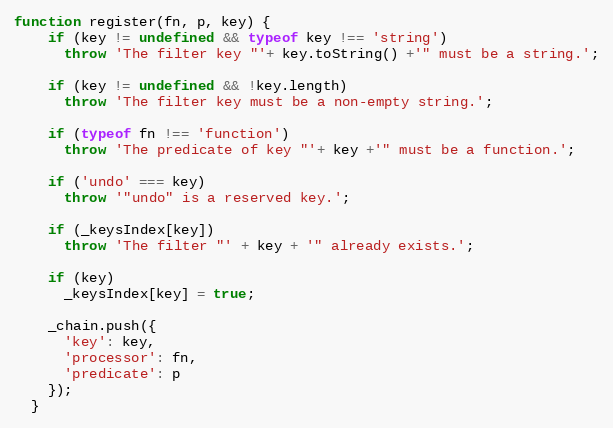
Language: JavaScript
function register(fn, p, key) {
    if (key != undefined && typeof key !== 'string')
      throw 'The filter key "'+ key.toString() +'" must be a string.';

    if (key != undefined && !key.length)
      throw 'The filter key must be a non-empty string.';

    if (typeof fn !== 'function')
      throw 'The predicate of key "'+ key +'" must be a function.';

    if ('undo' === key)
      throw '"undo" is a reserved key.';

    if (_keysIndex[key])
      throw 'The filter "' + key + '" already exists.';

    if (key)
      _keysIndex[key] = true;

    _chain.push({
      'key': key,
      'processor': fn,
      'predicate': p
    });
  }